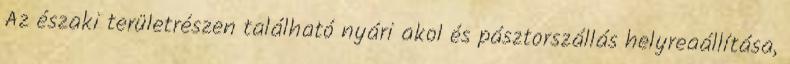
Az északi területrészen található nyári akol és pásztorszállás helyreaállítása,